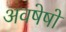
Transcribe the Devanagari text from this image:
अवषेषों